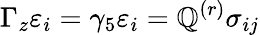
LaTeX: \Gamma_{z}\varepsilon_{i}=\gamma_{5}\varepsilon_{i}=\mathbb{Q}^{(r)}\sigma_{ij}